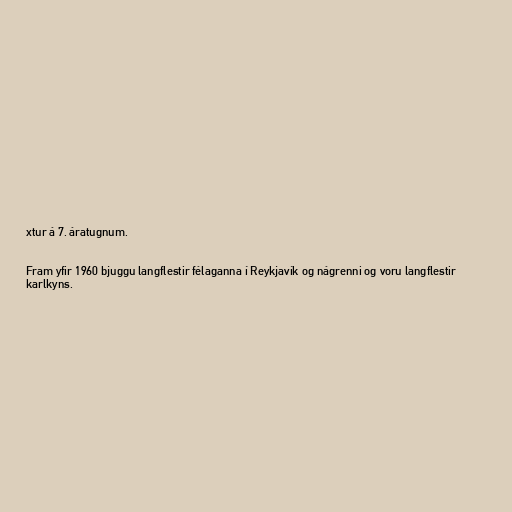
xtur á 7. áratugnum.

Fram yfir 1960 bjuggu langflestir félaganna í Reykjavík og nágrenni og voru langflestir
karlkyns.